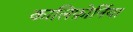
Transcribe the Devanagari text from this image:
कालिफ़ोर्निया